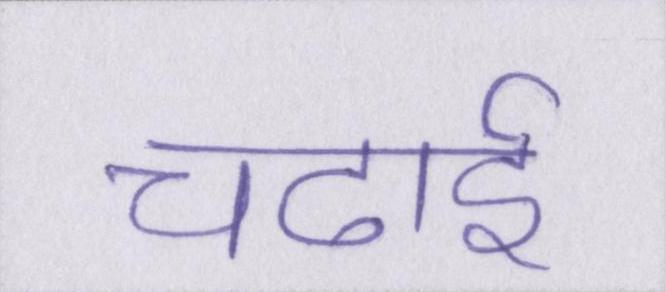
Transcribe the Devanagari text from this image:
चढाई